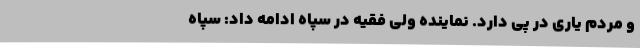
و مردم یاری در پی دارد. نماینده ولی فقیه در سپاه ادامه داد: سپاه